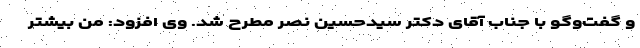
و گفت‌وگو با جناب آقای دکتر سیدحسین نصر مطرح شد. وی افزود: من بیشتر